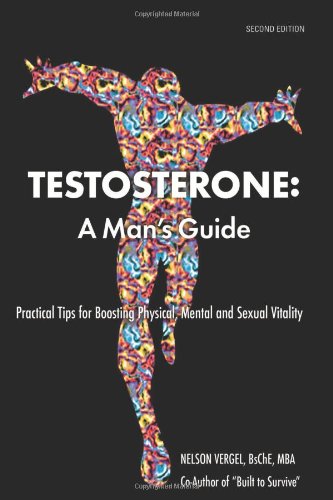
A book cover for Testosterone: A Man's Guide- Second Edition; Nelson Vergel; Medical Books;